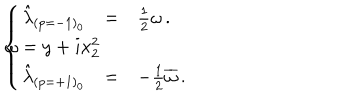
\left\{ \begin{array} { r c l } { { \hat { \lambda } _ { ( p = - 1 ) _ { 0 } } } } & { { = } } & { { { \textstyle \frac { 1 } { 2 } } \omega \, . } } \\ { { } } & { { } } & { { } } \\ { { \hat { \lambda } _ { ( p = + 1 ) _ { 0 } } } } & { { = } } & { { - { \textstyle \frac { 1 } { 2 } } \overline { { { \omega } } } \, . } } \\ \end{array} \right. \hspace { 1 c m } \omega = y + i x _ { 2 } ^ { 2 }